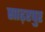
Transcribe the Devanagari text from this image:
साढ़रपुर